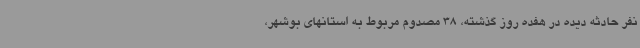
نفر حادثه دیده در هفده روز گذشته، 38 مصدوم مربوط به استانهای بوشهر،